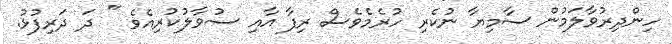
ހިންދިރުވާލަމުން ސާމިޔާ ނުކެރި ހުރެމެވެސް ރިފާ އާއި ސުވާލުކުރިއެވެ " ދަ ދަރިފުޅު.